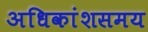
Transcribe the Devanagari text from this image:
अधिकांशसमय